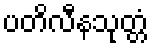
ပတိလီနသုတ္တံ